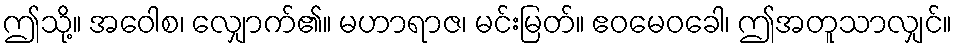
ဤသို့။ အဝေါစ၊ လျှောက်၏။ မဟာရာဇ၊ မင်းမြတ်။ ဧဝမေဝခေါ၊ ဤအတူသာလျှင်။